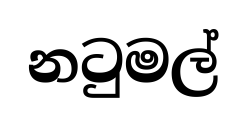
නටුමල්